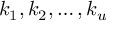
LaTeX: k _ { 1 } , k _ { 2 } , \dots , k _ { u }